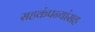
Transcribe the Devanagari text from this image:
सहकंपन्यांसह